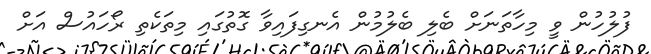
ފުލުހުން ވީ މިހާތަނަށް ބެލި ބެލުމުން އެނގިފައިވާ ގޮތުގައި މިތަކެތި ރޯހައުސް އަށް